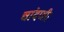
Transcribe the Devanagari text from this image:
चांदणी।